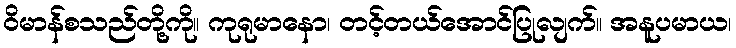
ဝိမာန်စသည်တို့ကို။ ကုရုမာနော၊ တင့်တယ်အောင်ပြုလျက်။ အနူပမာယ၊